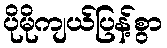
ပိုမိုကျယ်ပြန့်စွာ